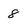
Character: 8